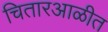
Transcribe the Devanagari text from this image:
चितारआळीत